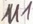
Text: M1